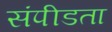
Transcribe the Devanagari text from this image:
संपीडता